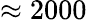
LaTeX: \approx 2000